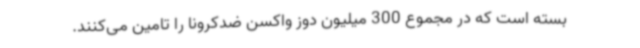
بسته است که در مجموع 300 میلیون دوز واکسن ضدکرونا را تامین می‌کنند.